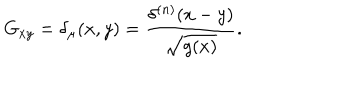
G _ { x y } = \delta _ { \mu } ( x , y ) = { \frac { \delta ^ { ( n ) } ( x - y ) } { \sqrt { g ( x ) } } } .